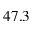
4 7 . 3